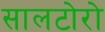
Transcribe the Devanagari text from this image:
सालटोरो